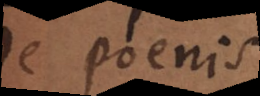
De poenis.